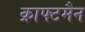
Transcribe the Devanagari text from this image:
क्राफ्टमैन